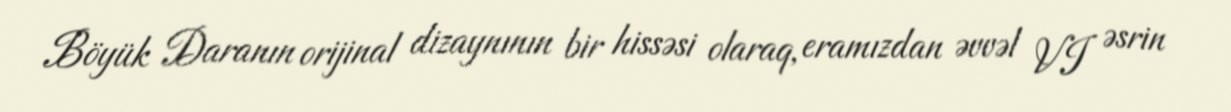
Böyük Daranın orijinal dizaynının bir hissəsi olaraq, eramızdan əvvəl VI əsrin